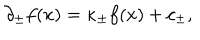
\partial _ { \pm } f ( x ) = \kappa _ { \pm } f ( x ) + c _ { \pm } ,